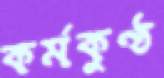
কর্মকুণ্ঠ